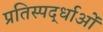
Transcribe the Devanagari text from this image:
प्रतिस्पर्द्धाओं